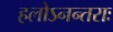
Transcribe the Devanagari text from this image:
हलोऽनन्तराः